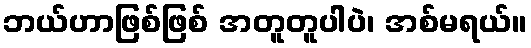
ဘယ်ဟာဖြစ်ဖြစ် အတူတူပါပဲ၊ အစ်မရယ်။